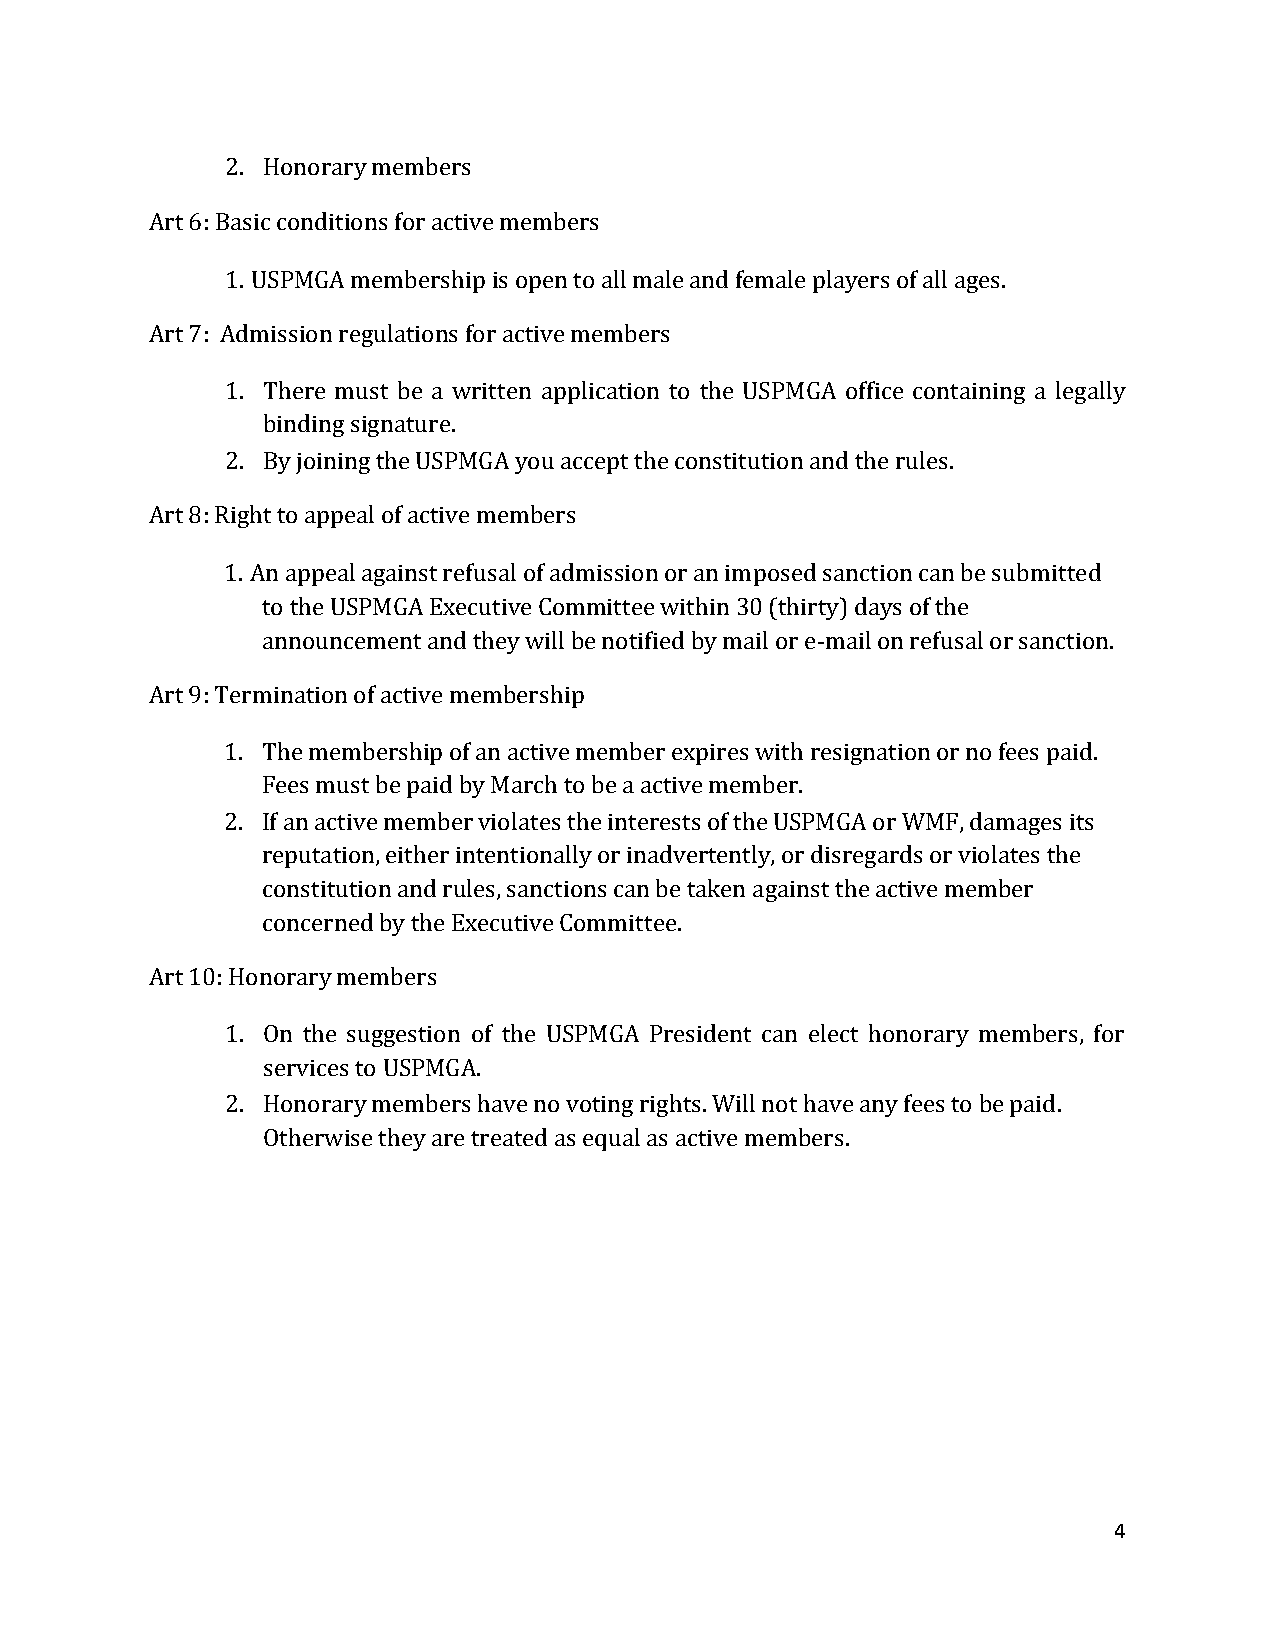
2. Honorary members
 Art 6: Basic conditions for active members
 1. USPMGA membership is open to all male and female players of all ages.
 Art 7: Admission regulations for active members
 1. There must be a written application to the USPMGA office containing a legally
 binding signature.
 2. By joining the USPMGA you accept the constitution and the rules.
 Art 8: Right to appeal of active members
 1. An appeal against refusal of admission or an imposed sanction can be submitted
 to the USPMGA Executive Committee within 30 (thirty) days of the
 announcement and they will be notified by mail or e-mail on refusal or sanction.
 Art 9: Termination of active membership
 1. The membership of an active member expires with resignation or no fees paid.
 Fees must be paid by March to be a active member.
 2. If an active member violates the interests of the USPMGA or WMF, damages its
 reputation, either intentionally or inadvertently, or disregards or violates the
 constitution and rules, sanctions can be taken against the active member
 concerned by the Executive Committee.
 Art 10: Honorary members
 1. On the suggestion of the USPMGA President can elect honorary members, for
 services to USPMGA.
 2. Honorary members have no voting rights. Will not have any fees to be paid.
 Otherwise they are treated as equal as active members.
 4